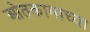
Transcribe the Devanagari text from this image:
ओतकामाच्या